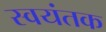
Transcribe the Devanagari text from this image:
स्‍वयंतक